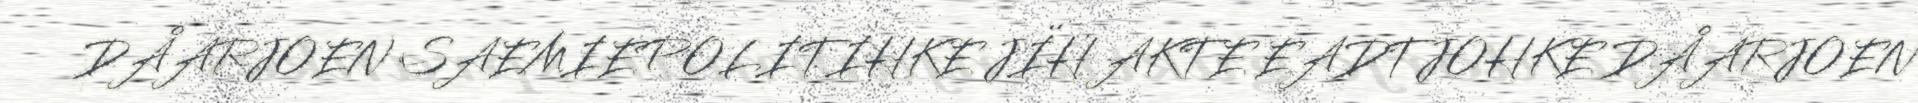
DÅARJOEN SAEMIEPOLITIHKE JÏH AKTE EADTJOHKE DÅARJOEN